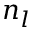
n _ { l }